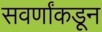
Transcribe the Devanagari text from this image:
सवर्णांकडून